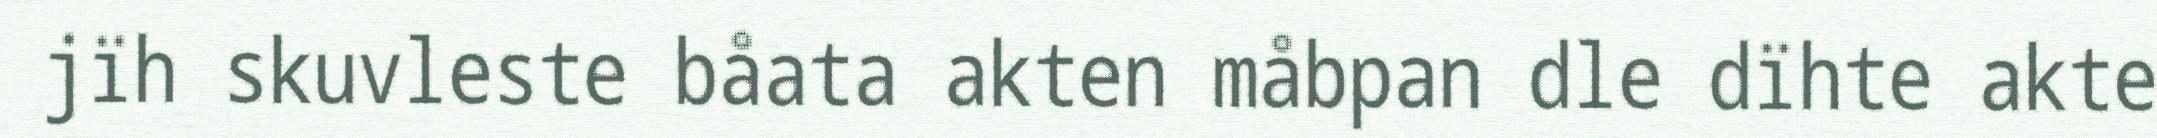
jïh skuvleste båata akten måbpan dle dïhte akte